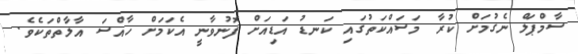
ސާމްޕަލް ނެގުމަށް ކުރާ މަސައްކަތުގައި ކަނޑު އަޑިއަށް ފޮނުވާނީ އެކަމަށް ހާއްސަ އާލާތްތަކެވެ.